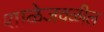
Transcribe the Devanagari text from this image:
शाळेजवळील